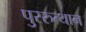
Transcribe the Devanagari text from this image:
पुररुत्थान